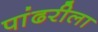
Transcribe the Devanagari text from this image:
पांढरीला